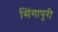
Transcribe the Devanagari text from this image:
सिंगापूरी